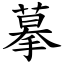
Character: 摹